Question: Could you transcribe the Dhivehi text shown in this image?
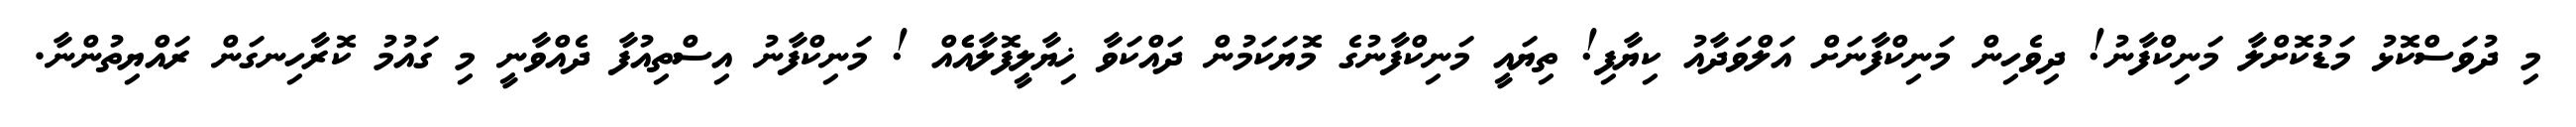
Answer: މި ދުވަސްކޮޅު މަޑުކޮށްލާ މަނިކްފާނު! ދިވެހިން މަނިކްފާނަށް އަލްވަދާއު ކިޔާފި! ތިޔައީ މަނިކްފާނުގެ މޮޔަކަމުން ދައްކަވާ ޚިޔާލީފޮލާއެެއް ! މަނިކްފާނު އިސްތިއުފާ ދެއްވާނީ މި ގައުމު ކޮރާހިނގަން ރައްޔިތުންނާ.